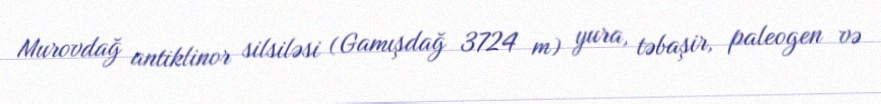
Murovdağ antiklinor silsiləsi (Gamışdağ 3724 m) yura, təbaşir, paleogen və